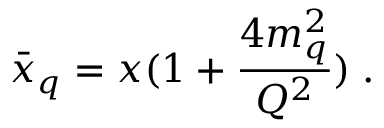
\bar { x } _ { q } = x ( 1 + { \frac { 4 m _ { q } ^ { 2 } } { Q ^ { 2 } } } ) \; .